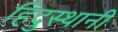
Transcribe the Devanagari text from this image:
हिदुस्थानी